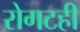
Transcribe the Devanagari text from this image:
रोगटही